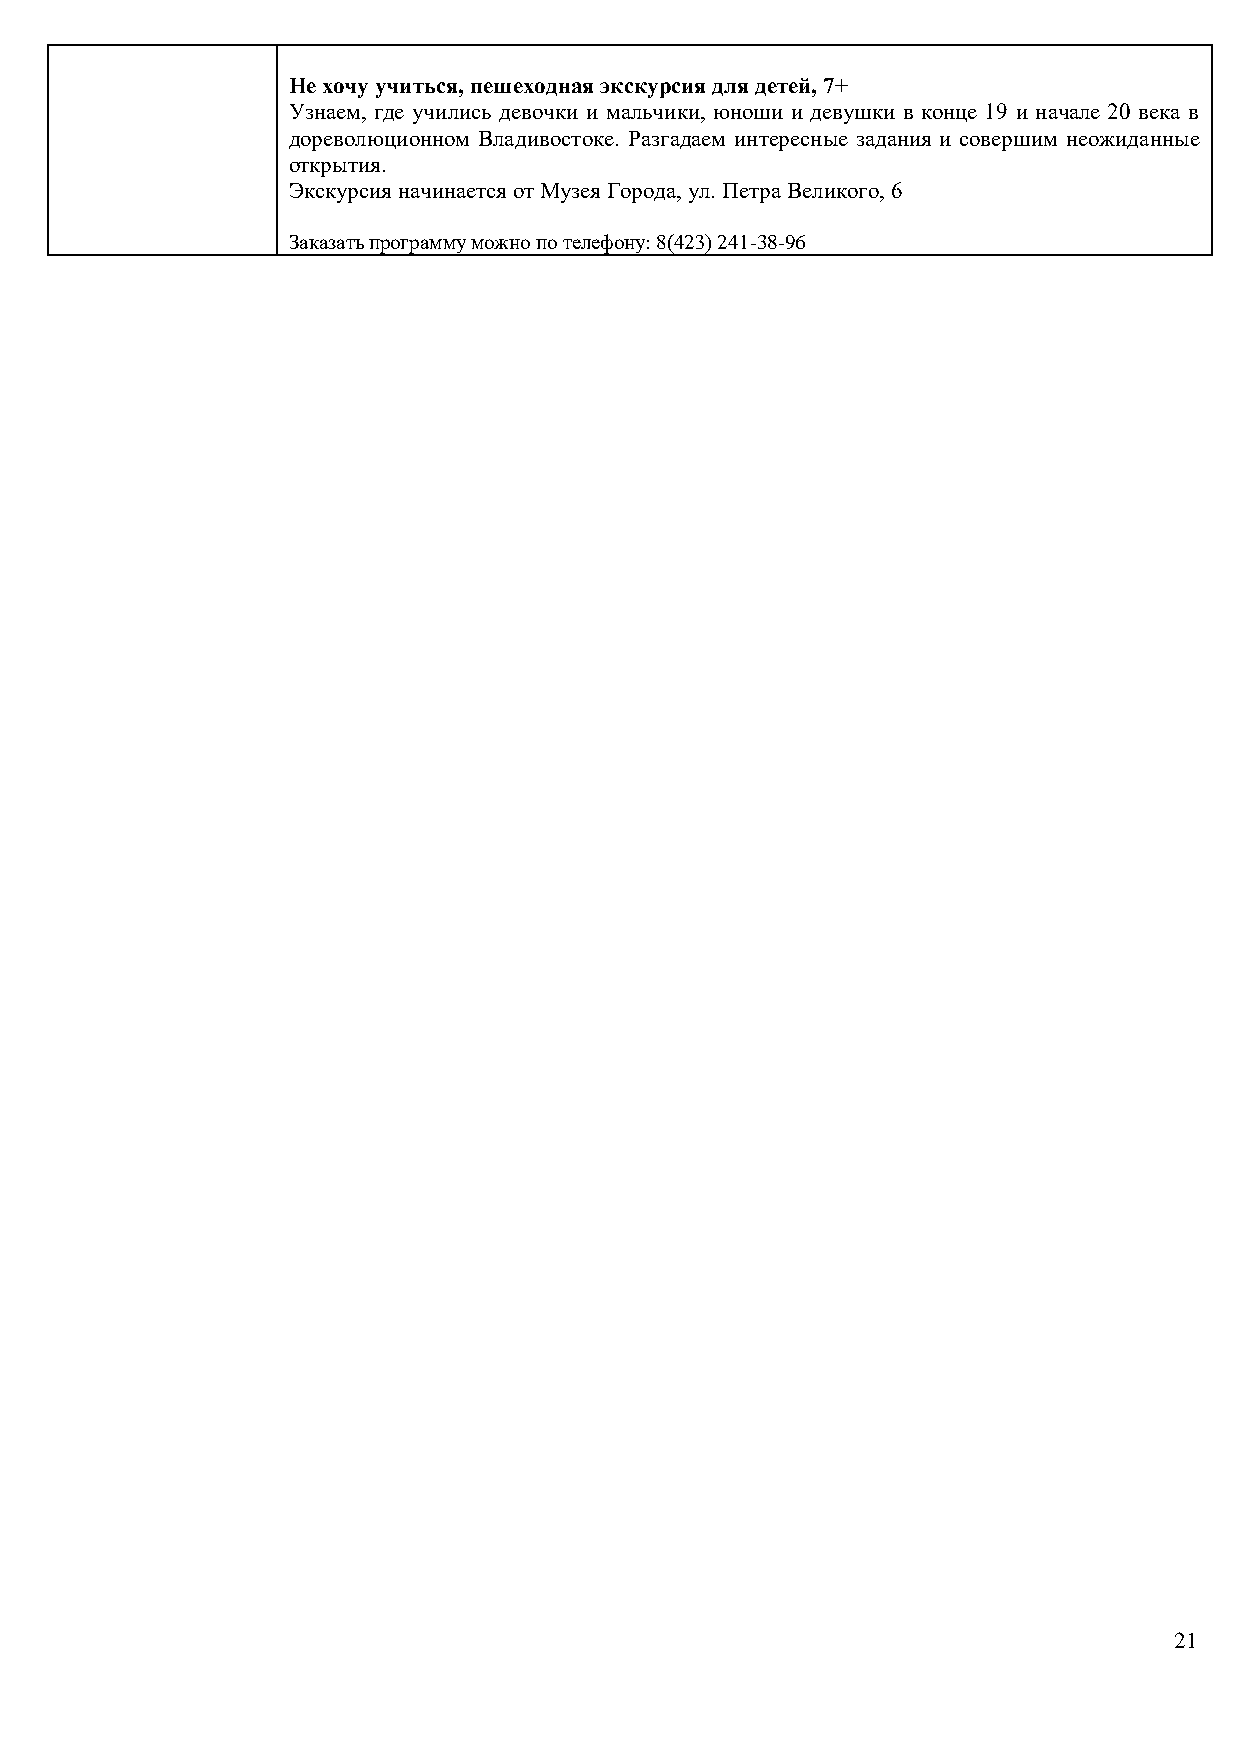
Не хочу учиться, пешеходная экскурсия для детей, 7+
 Узнаем, где учились девочки и мальчики, юноши и девушки в конце 19 и начале 20 века в
 дореволюционном Владивостоке. Разгадаем интересные задания и совершим неожиданные
 открытия.
 Экскурсия начинается от Музея Города, ул. Петра Великого, 6
 Заказать программу можно по телефону: 8(423) 241-38-96
 21